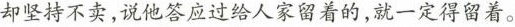
却坚持不卖，说他答应过给人家留着的，就一定得留着。